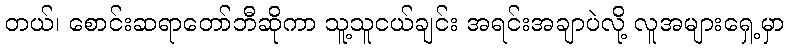
တယ်၊ စောင်းဆရာတော်ဘီဆိုကာ သူ့သူငယ်ချင်း အရင်းအချာပဲလို့ လူအများရှေ့မှာ